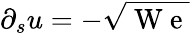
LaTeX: \partial_{s}u=-\sqrt{\mathrm{~W~e~}}